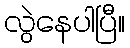
လွဲနေပါပြီ။